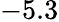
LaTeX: -5.3